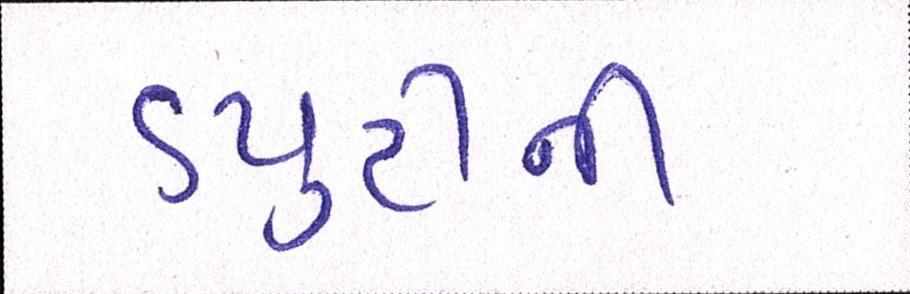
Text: ડયુટીની